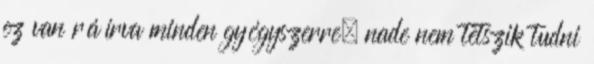
ez van ráírva minden gyógyszerre, nade nem tetszik tudni